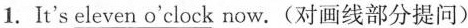
1.It's_ eleven o'clock now.(对画线部分提问)